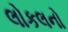
લોકલનો